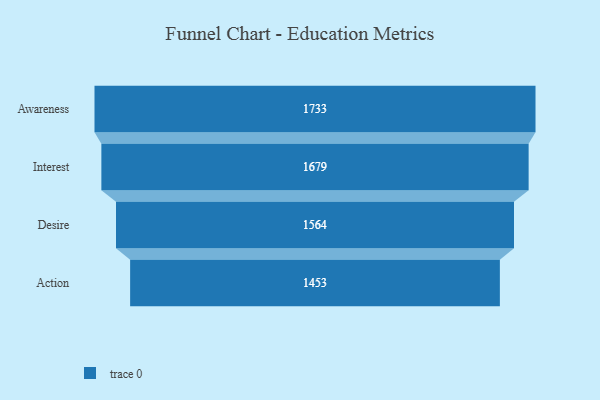
{"axis": {"x": "Stage", "y": "Value"}, "legend": [""], "data": [{"x": "Awareness", "y": 1733.0, "type": ""}, {"x": "Interest", "y": 1679.0, "type": ""}, {"x": "Desire", "y": 1564.0, "type": ""}, {"x": "Action", "y": 1453.0, "type": ""}]}